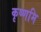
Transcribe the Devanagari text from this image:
कृष्णमि